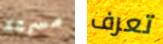
مسرعة تعرف